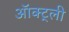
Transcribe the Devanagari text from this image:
ऑक्ट्ली